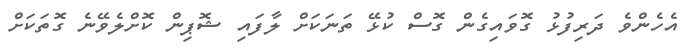
އެހެންވެ ދަރިފުޅު ގޮވައިގެން ގޮސް ކުޅޭ ތަނަކަށް ލާފައި ޝޮޕިން ކޮށްލެވޭނެ ގޮތަކަށް